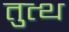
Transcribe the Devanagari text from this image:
तुत्थ